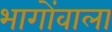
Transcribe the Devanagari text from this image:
भागोंवाला